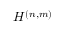
{ \cal H } ^ { ( n , m ) }